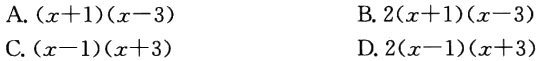
A. \((x + 1)(x - 3)\)

B. \(2(x + 1)(x - 3)\)

C. \((x - 1)(x + 3)\)

D. \(2(x - 1)(x + 3)\)